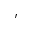
\prime